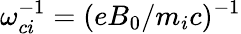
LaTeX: \omega_{ci}^{-1}=(eB_{0}/m_{i}c)^{-1}